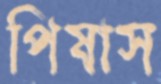
পিষাস